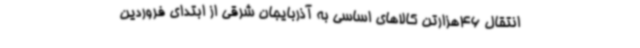
انتقال 46هزارتن کالاهای اساسی به آذربایجان شرقی از ابتدای فروردین